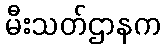
မီးသတ်ဌာနက